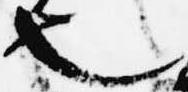
也